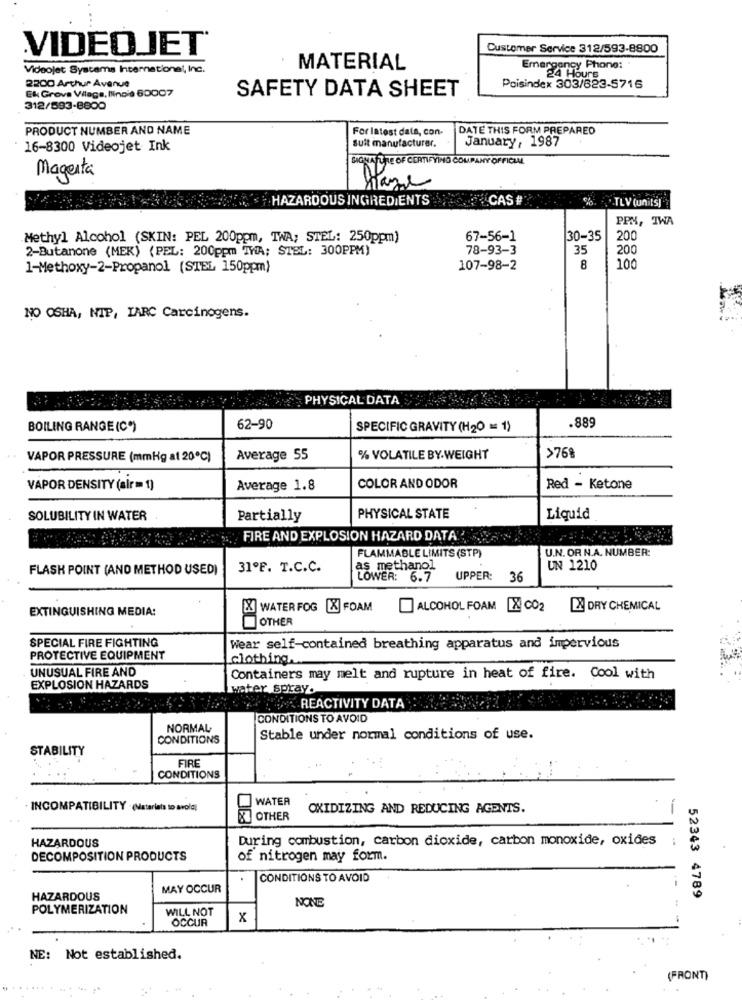
VIDEOJET
Customer Service 312/593-8800
.
Videojet Systems International, Inc.
MATERIAL
Emergency Phone:
2200 Arthur Avenue
24 Hours
Ek Grove Vilage, Ilinois 60007
SAFETY DATA SHEET
Poisindex 303/623-5716
312/593-8800
PRODUCT NUMBER AND NAME
For latest dala, con-
DATE THIS FORM PREPARED
suit manufacturer.
January, 1987
16-8300 Videojet Ink
SIGNATURE OF CERTIFYING COUPANY OFFICIAL
Magenta
Haze
HAZARDOUS INGREDIENTS
CAS #
%. TLV (uniIS)
PPM, TWA
Methyl Alcohol (SKIN: PEL 200ppm, TWA; STEL: 250ppm)
67-56-1
30-35
200
2-Butanone (MEK) (PEL: 200ppm TWA; STEL: 300PPM)
78-93-3
35
200
1-Methoxy-2-Propanol (STEL 150ppm)
107-98-2
8
100
NO OSHA, NIP, IARC Carcinogens.
PHYSICAL DATA
BOILING RANGE (C")
62-90
SPECIFIC GRAVITY (H20 = 1)
.889
VAPOR PRESSURE (mmHg at 20℃)
Average 55
% VOLATILE BY.WEIGHT
>768
VAPOR DENSITY (air = 1)
Average 1.8
COLOR AND ODOR
Red - Ketone
SOLUBILITY IN WATER
Partially
PHYSICAL STATE
Liquid
:FIRE AND EXPLOSION HAZARD DATA
U.N. OR N.A. NUMBER:
FLAMMABLE LIMITS (STP)
FLASH POINT (AND METHOD USED)
31ºF. T.C.C.
as methanol
UN 1210
LOWER: 6.7
UPPER:
36
EXTINGUISHING MEDIA:
WATER FOG [X] FOAM
ALCOHOL FOAM [X] CO2
A DRY CHEMICAL
OTHER
SPECIAL FIRE FIGHTING
Wear self-contained breathing apparatus and impervious
PROTECTIVE EQUIPMENT
clothing ...
UNUSUAL FIRE AND
Containers may melt and rupture in heat of fire. Cool with
EXPLOSION HAZARDS
water spray.
NEK REACTIVITY DATA
CONDITIONS TO AVOID
NORMAL
CONDITIONS
Stable under normal conditions of use.
STABILITY
FIRE
CONDITIONS
WATER
INCOMPATIBILITY . (Materials to avold)
OXIDIZING AND REDUCING AGENTS.
OTHER
HAZARDOUS
During combustion, carbon dioxide, carbon monoxide, oxides
DECOMPOSITION PRODUCTS
of nitrogen may form.
.
CONDITIONS TO AVOID
MAY OCCUR
HAZARDOUS
NONE
52343 4789
POLYMERIZATION
WILL NOT
OCCUR
x
NE: Not established.
(FRONT)